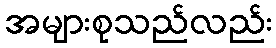
အများစုသည်လည်း